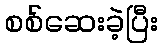
စစ်ဆေးခဲ့ပြီး